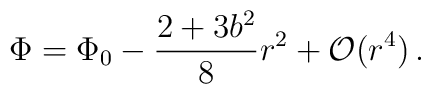
\Phi = \Phi_0 - \frac{2 + 3 b^2}{8} r^2 + {\cal O}(r^4)\,.